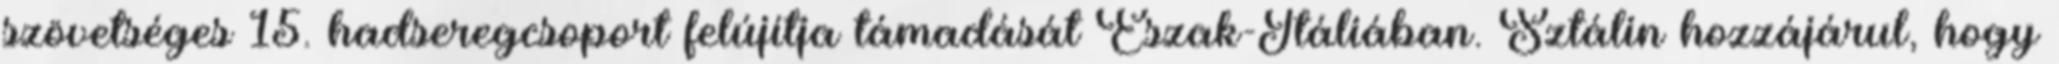
szövetséges 15. hadseregcsoport felújítja támadását Észak-Itáliában. Sztálin hozzájárul, hogy